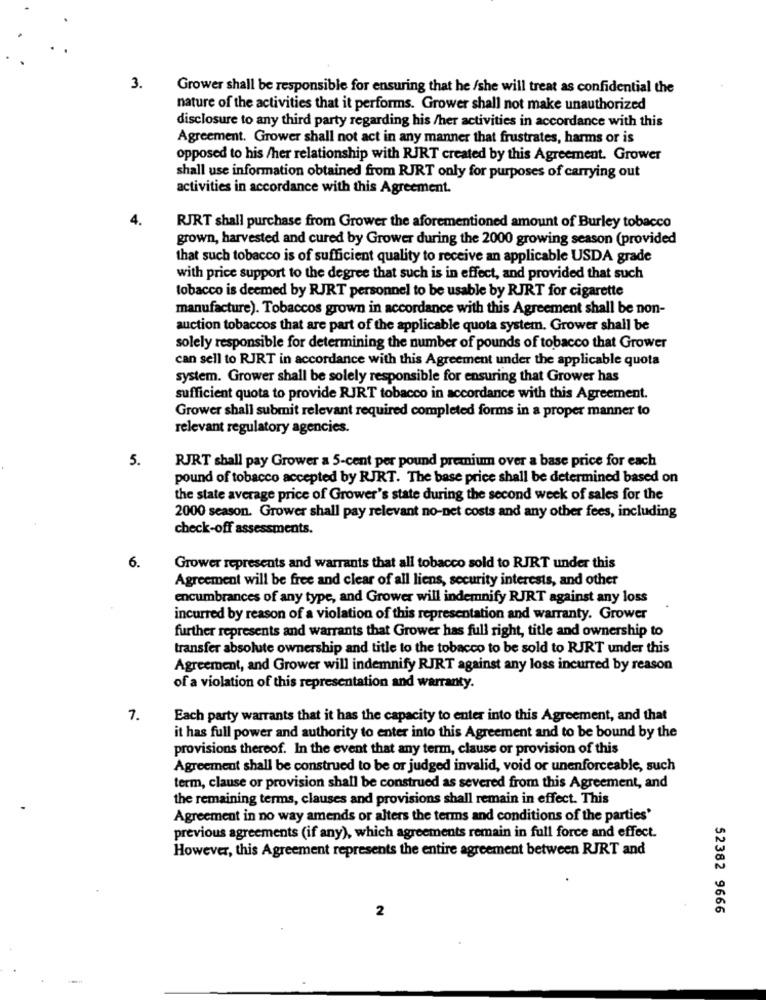
3.
Grower shall be responsible for ensuring that he /she will treat as confidential the
nature of the activities that it performs. Grower shall not make unauthorized
disclosure to any third party regarding his /her activities in accordance with this
Agreement. Grower shall not act in any manner that frustrates, harms or is
opposed to his /her relationship with RJRT created by this Agreement. Grower
shall use information obtained from RJRT only for purposes of carrying out
activities in accordance with this Agreement.
4.
RJRT shall purchase from Grower the aforementioned amount of Burley tobacco
grown, harvested and cured by Grower during the 2000 growing season (provided
that such tobacco is of sufficient quality to receive an applicable USDA grade
with price support to the degree that such is in effect, and provided that such
tobacco is deemed by RJRT personnel to be usable by RJRT for cigarette
manufacture). Tobaccos grown in accordance with this Agreement shall be non-
auction tobaccos that are part of the applicable quota system. Grower shall be
solely responsible for determining the number of pounds of tobacco that Grower
can sell to RJRT in accordance with this Agreement under the applicable quota
system. Grower shall be solely responsible for ensuring that Grower has
sufficient quota to provide RJRT tobacco in accordance with this Agreement.
Grower shall submit relevant required completed forms in a proper manner to
relevant regulatory agencies.
5.
RJRT shall pay Grower a 5-cent per pound premium over a base price for each
pound of tobacco accepted by RJRT. The base price shall be determined based on
the state average price of Grower's state during the second week of sales for the
2000 season. Grower shall pay relevant no-net costs and any other fees, including
check-off assessments.
6.
Grower represents and warrants that all tobacco sold to RJRT under this
Agreement will be free and clear of all liens, security interests, and other
encumbrances of any type, and Grower will indemnify RJRT against any loss
incurred by reason of a violation of this representation and warranty. Grower
further represents and warrants that Grower has full right, title and ownership to
transfer absolute ownership and title to the tobacco to be sold to RJRT under this
Agreement, and Grower will indemnify RJRT against any loss incurred by reason
of a violation of this representation and warranty.
7.
Each party warrants that it has the capacity to enter into this Agreement, and that
it has full power and authority to enter into this Agreement and to be bound by the
provisions thereof. In the event that any term, clause or provision of this
Agreement shall be construed to be or judged invalid, void or unenforceable, such
term, clause or provision shall be construed as severed from this Agreement, and
the remaining terms, clauses and provisions shall remain in effect. This
Agreement in no way amends or alters the terms and conditions of the parties'
previous agreements (if any), which agreements remain in full force and effect.
However, this Agreement represents the entire agreement between RJRT and
2
52382 9666